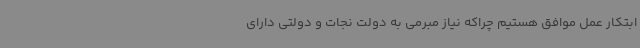
ابتکار عمل موافق هستیم چراکه نیاز مبرمی به دولت نجات و دولتی دارای